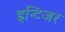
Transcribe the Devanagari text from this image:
इन्टिजर